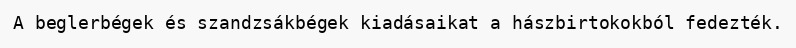
A beglerbégek és szandzsákbégek kiadásaikat a hászbirtokokból fedezték.